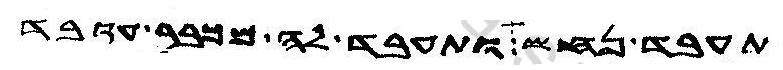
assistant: תעבד נחש ותעבד לה מכבר עובד